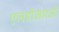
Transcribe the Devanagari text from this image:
एलडीआरओ